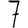
Digit: 7